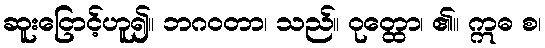
ဆူးငြောင့်ဟူ၍။ ဘဂဝတာ၊ သည်။ ဝုတ္ထော၊ ၏။ ဣဓ စ၊